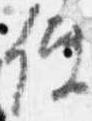
使